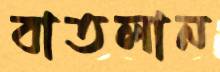
বাতলান